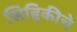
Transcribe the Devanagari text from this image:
सिद्दिकीचे